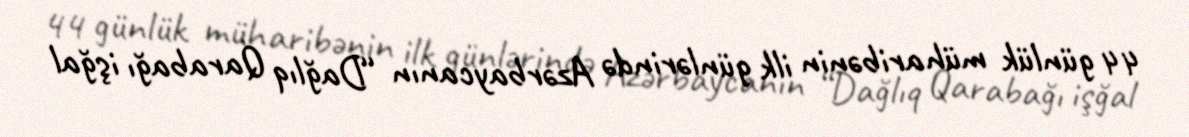
44 günlük müharibənin ilk günlərində Azərbaycanın “Dağlıq Qarabağı işğal